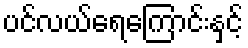
ပင်လယ်ရေကြောင်းနှင့်